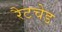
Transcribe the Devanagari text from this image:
रैटचेड